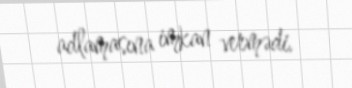
adlamasına imkan vermədi.